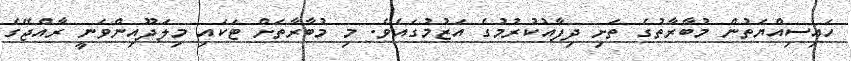
ހައިސިއްޔަތުން މުބާރާތުގެ ތަށި ދިފާއުކުރުމުގެ އަޒުމުގައެވެ. މި މުބާރާތަށް ޓަކައި މިލަދޫއިންވަނީ ރާއްޖޭގެ